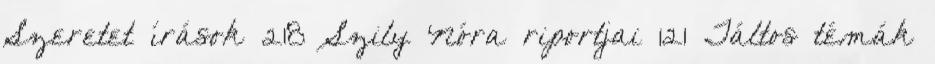
Szeretet írások 218 Szily Nóra riportjai 121 Táltos témák